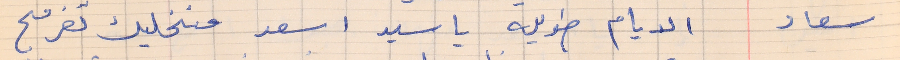
سعاد       الايام طويله يا سيد اسعد منخليك تفرفح